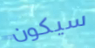
سيكون